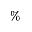
\%